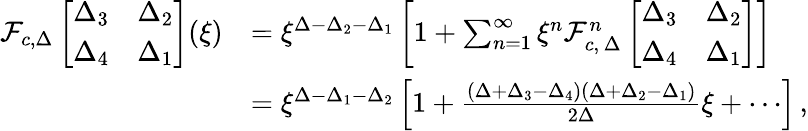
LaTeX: \begin{array}{rl}{\mathcal{F}_{c,\Delta}\left[\begin{array}{ll}{\Delta_{3}}&{\Delta_{2}}\\ {\Delta_{4}}&{\Delta_{1}}\end{array}\right](\xi)}&{=\xi^{\Delta-\Delta_{2}-\Delta_{1}}\left[1+\sum_{n=1}^{\infty}\xi^{n}\mathcal{F}_{c,\, \Delta}^{n}\left[\begin{array}{ll}{\Delta_{3}}&{\Delta_{2}}\\ {\Delta_{4}}&{\Delta_{1}}\end{array}\right]\right]}\\ &{=\xi^{\Delta-\Delta_{1}-\Delta_{2}}\left[1+{\frac{(\Delta+\Delta_{3}-\Delta_{4})(\Delta+\Delta_{2}-\Delta_{1})}{2\Delta}}\xi+\cdots\right]\, ,}\end{array}